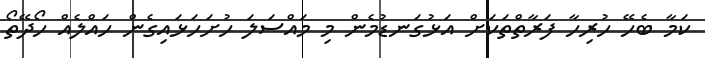
ކަމާ ބެހޭ ހުރިހާ ފަރާތްތަކަށް އަޅުގަނޑުމެން މި މައްސަލަ ހުށަހަޅައިގެން ހައްލެއް ހޯދޭތޯ